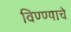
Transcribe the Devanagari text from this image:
विण्ण्याचे